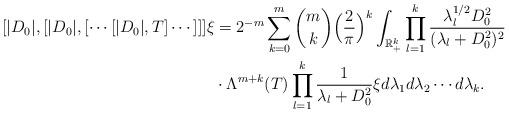
LaTeX: \begin{align*} [|D_0|,[|D_0|,[\cdots[|D_0|,T]\cdots]]]\xi &= 2^{-m}\sum_{k=0}^m\binom{m}{k}\Big(\frac{2}{\pi}\Big)^k\int_{\mathbb{R}^k_+}\prod_{l=1}^k\frac{\lambda_l^{1/2}D_0^2}{(\lambda_l+D_0^2)^2}\\ &\cdot \Lambda^{m+k}(T)\prod_{l=1}^k\frac{1}{\lambda_l+D_0^2}\xi d\lambda_1 d\lambda_2\cdots d\lambda_k. \end{align*}